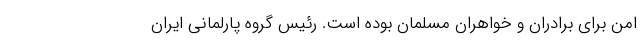
امن برای برادران و خواهران مسلمان بوده است. رئیس گروه پارلمانی ایران